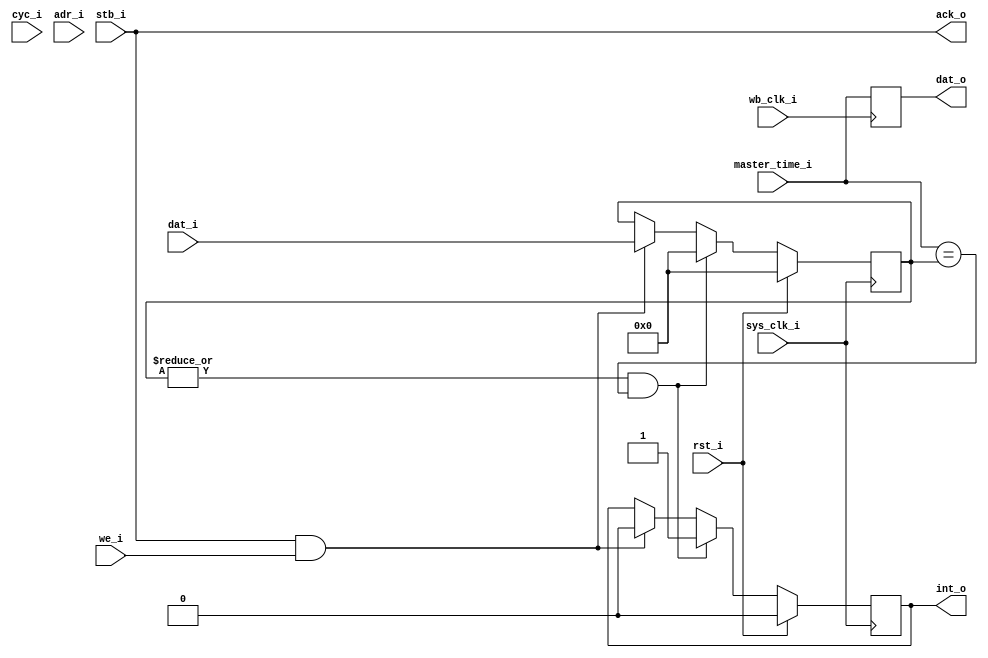
module timer
  (input wb_clk_i, input rst_i,
   input cyc_i, input stb_i, input [2:0] adr_i,
   input we_i, input [31:0] dat_i, output [31:0] dat_o, output ack_o,
   input sys_clk_i, input [31:0] master_time_i,
   output int_o );

   reg [31:0] time_wb;
   always @(posedge wb_clk_i)
     time_wb <= master_time_i;

   assign     ack_o = stb_i;

   reg [31:0] int_time;
   reg 	      int_reg;
   
   always @(posedge sys_clk_i)
     if(rst_i)
       begin
	  int_time <= 0;
	  int_reg <= 0;
       end
     else if(|int_time && (master_time_i == int_time))
       begin
	  int_time <= 0;
	  int_reg <= 1;
       end
     else if(stb_i & we_i)
       begin
	  int_time <= dat_i;
	  int_reg <= 0;
       end

   assign dat_o = time_wb;
   assign int_o = int_reg;
   
endmodule